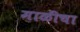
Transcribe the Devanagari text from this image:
माळीचा